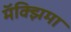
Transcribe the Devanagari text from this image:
मॅक्झिमा